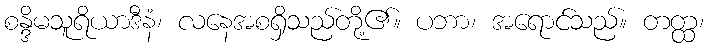
စန္ဒိမသူရိယာဒီနံ၊ လနေအစရှိသည်တို့၏။ ပဘာ၊ အရောင်သည်။ တတ္ထ၊